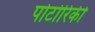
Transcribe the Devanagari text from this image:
पोर्टोरिकी